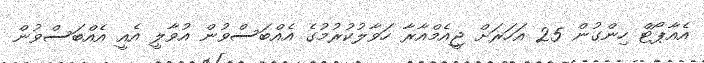
އެއާޕޯޓް ހިންގުން 25 އަހަރަށް ޖީއެމްއާރާ ހަވާލުކުރުމުގެ އެއްބަސްވުން އުވާލީ އެއީ އެއްބަސްވުން